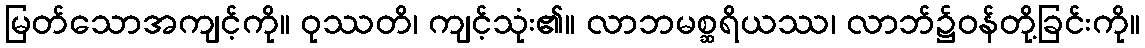
မြတ်သောအကျင့်ကို။ ဝုဿတိ၊ ကျင့်သုံး၏။ လာဘမစ္ဆရိယဿ၊ လာဘ်၌ဝန်တို့ခြင်းကို။